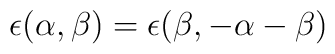
\epsilon (\alpha,\beta ) = \epsilon (\beta,-\alpha -\beta )